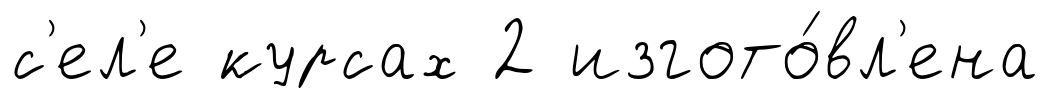
с'ел'е курсах 2 изгото́вл'ена